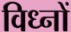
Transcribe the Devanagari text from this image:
विध्नों